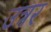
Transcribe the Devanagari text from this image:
उत्रर